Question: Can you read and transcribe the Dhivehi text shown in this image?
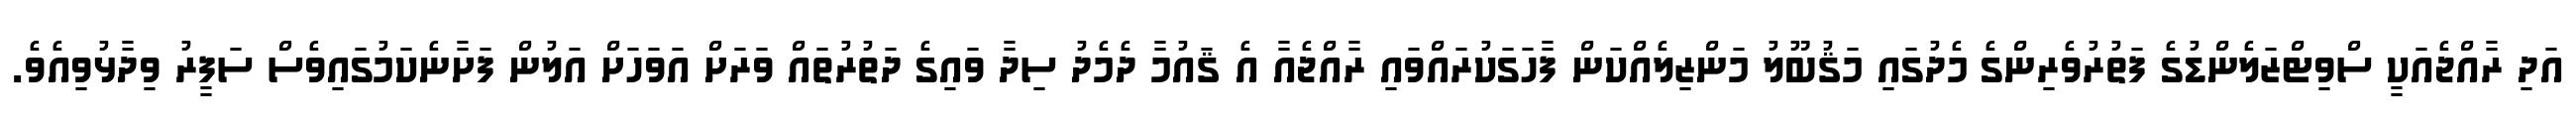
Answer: އަދި ރާއްޖެއަކީ ސްވިޓްޒަލެންޑުގެ ފަތުރުވެރިންގެ މެދުގައި މަޤުބޫލު މަންޒިލެއްކަން ފާހަގަކުރައްވައި ރާއްޖެއާ އެ ޤައުމާ ދެމެދު ސިދާ ވައިގެ ދަތުރުތައް ވަރަށް އަވަހަށް އަލުން ފަށާނެކަމުގައިވެސް ސަފީރު ވިދާޅުވިއެވެ.